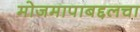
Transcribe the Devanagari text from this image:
मोजमापाबद्दलचा